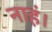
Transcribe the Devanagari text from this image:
नाहं।